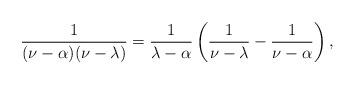
LaTeX: \begin{align*}\frac{1}{(\nu-\alpha)(\nu-\lambda)}=\frac{1}{\lambda-\alpha}\left(\frac{1}{\nu-\lambda}-\frac{1}{\nu-\alpha}\right),\end{align*}